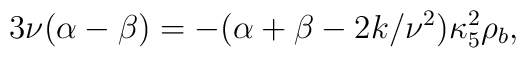
3\nu(\alpha-\beta)=-(\alpha+\beta-2k/\nu^2)\kappa^2_5\rho_b,